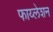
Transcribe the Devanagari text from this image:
फाय्लेशन